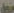
مزيل